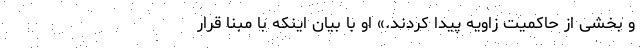
و بخشی از حاکمیت زاویه پیدا کردند.» او با بیان اینکه با مبنا قرار